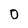
Character: 0